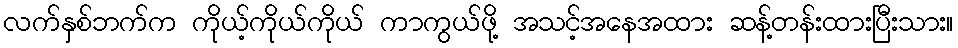
လက်နှစ်ဘက်က ကိုယ့်ကိုယ်ကိုယ် ကာကွယ်ဖို့ အသင့်အနေအထား ဆန့်တန်းထားပြီးသား။